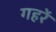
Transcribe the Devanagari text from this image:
गहरें